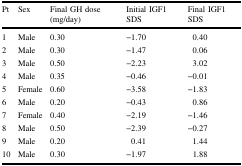
<table><thead><tr><td><b>Pt</b></td><td><b>Sex</b></td><td><b>Final GH dose (mg/day)</b></td><td><b>Initial IGF1 SDS</b></td><td><b>Final IGF1 SDS</b></td></tr></thead><tbody><tr><td>1</td><td>Male</td><td>0.30</td><td>−1.70</td><td>0.40</td></tr><tr><td>2</td><td>Male</td><td>0.30</td><td>−1.47</td><td>0.06</td></tr><tr><td>3</td><td>Male</td><td>0.50</td><td>−2.23</td><td>3.02</td></tr><tr><td>4</td><td>Male</td><td>0.35</td><td>−0.46</td><td>−0.01</td></tr><tr><td>5</td><td>Female</td><td>0.60</td><td>−3.58</td><td>−1.83</td></tr><tr><td>6</td><td>Male</td><td>0.20</td><td>−0.43</td><td>0.86</td></tr><tr><td>7</td><td>Female</td><td>0.40</td><td>−2.19</td><td>−1.46</td></tr><tr><td>8</td><td>Male</td><td>0.50</td><td>−2.39</td><td>−0.27</td></tr><tr><td>9</td><td>Male</td><td>0.20</td><td>0.41</td><td>1.44</td></tr><tr><td>10</td><td>Male</td><td>0.30</td><td>−1.97</td><td>1.88</td></tr></tbody></table>